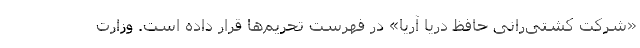
«شرکت کشتی‌رانی حافظ دریا آریا» در فهرست تحریم‌ها قرار داده است. وزارت